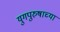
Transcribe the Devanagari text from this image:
युगपुरुषाच्या